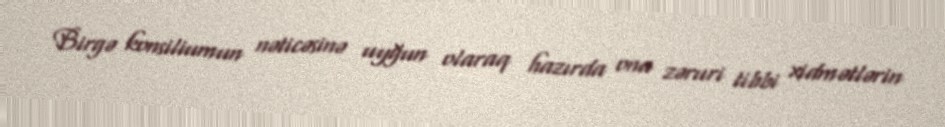
Birgə konsiliumun nəticəsinə uyğun olaraq hazırda ona zəruri tibbi xidmətlərin